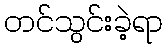
တင်သွင်းခဲ့ရာ